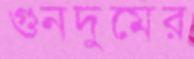
গুনদুমের